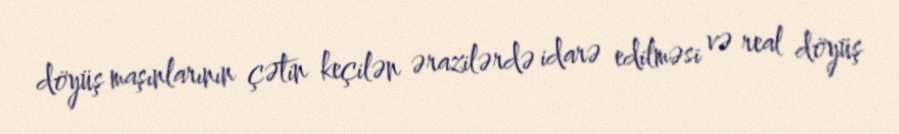
döyüş maşınlarının çətin keçilən ərazilərdə idarə edilməsi və real döyüş